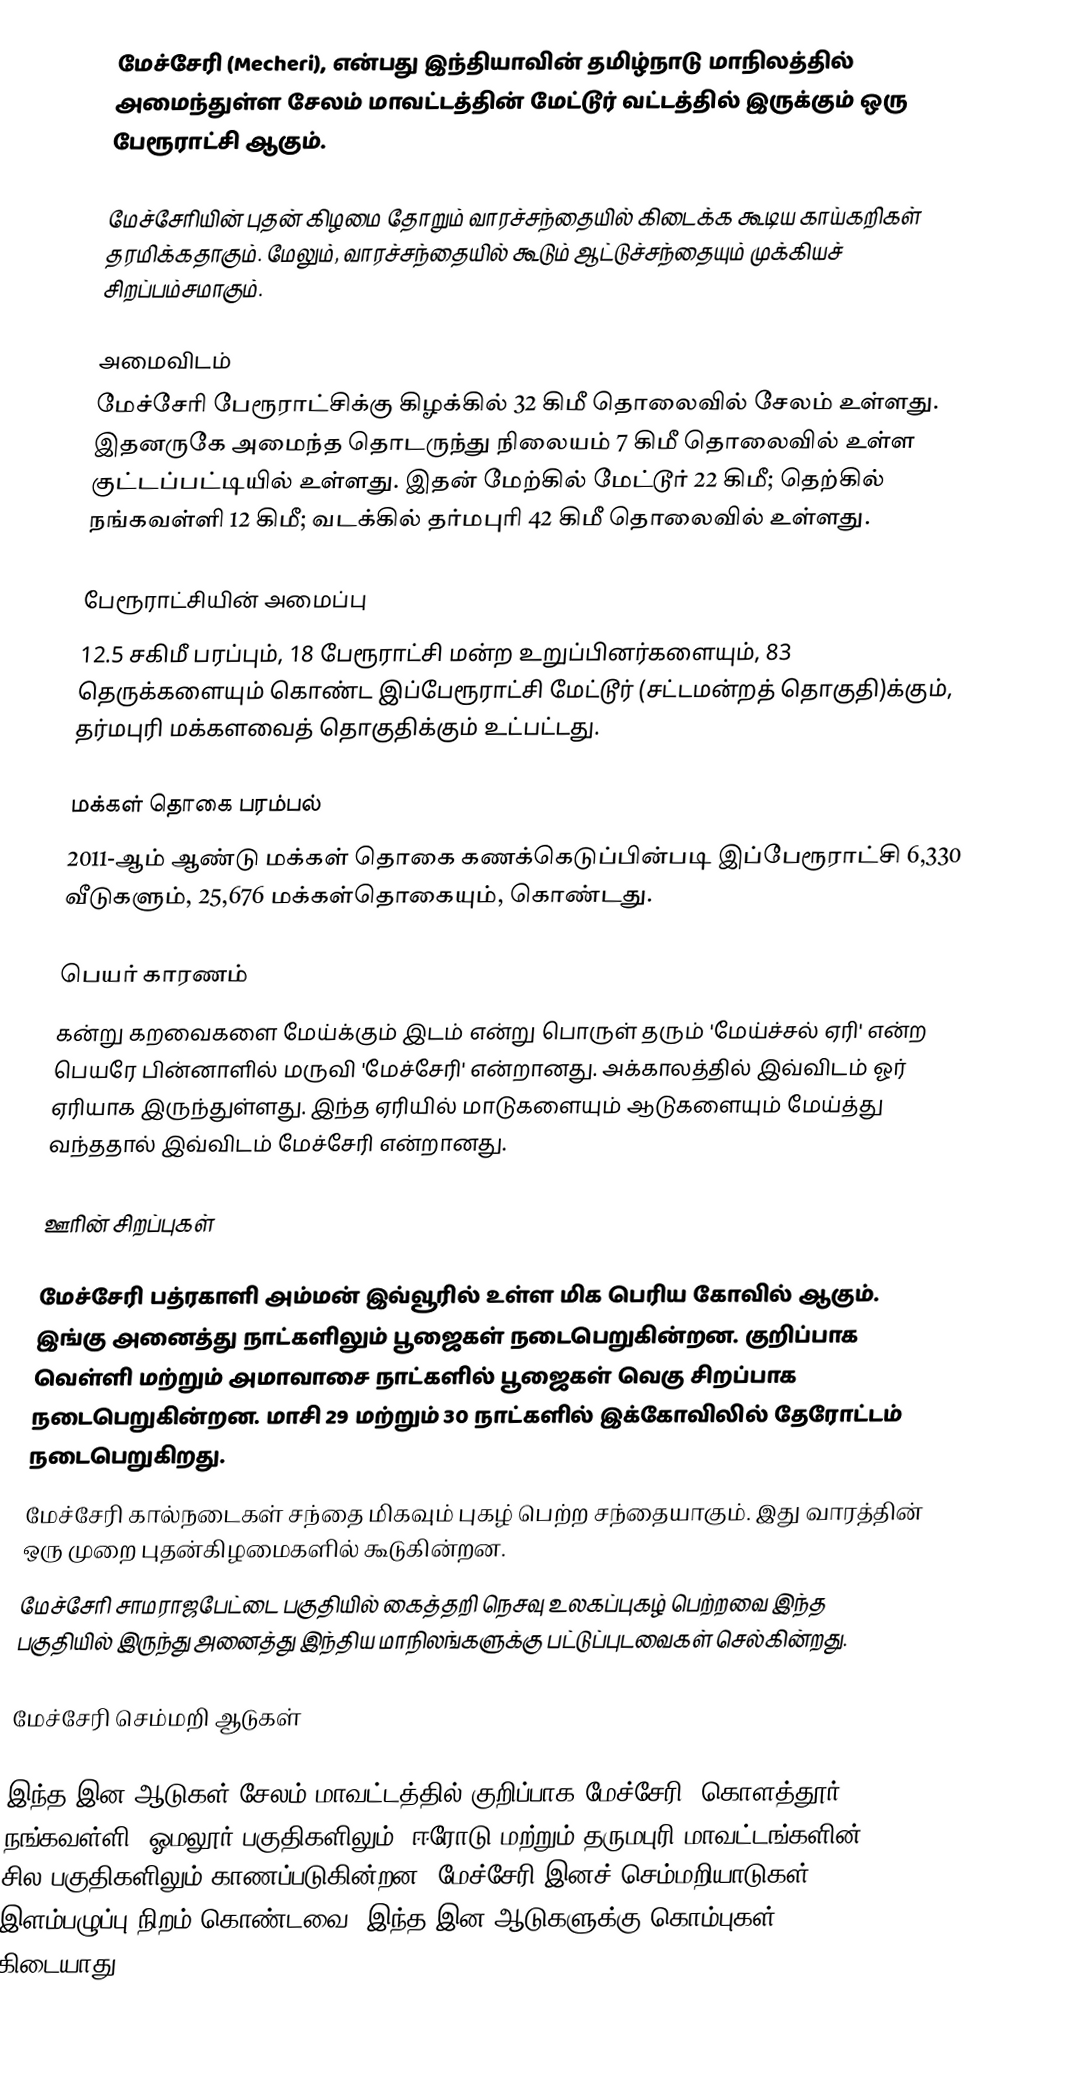
மேச்சேரி (Mecheri), என்பது இந்தியாவின் தமிழ்நாடு மாநிலத்தில் அமைந்துள்ள சேலம் மாவட்டத்தின் மேட்டூர் வட்டத்தில்  இருக்கும் ஒரு பேரூராட்சி ஆகும்.

மேச்சேரியின் புதன் கிழமை தோறும்  வாரச்சந்தையில் கிடைக்க கூடிய காய்கறிகள் தரமிக்கதாகும். மேலும், வாரச்சந்தையில் கூடும் ஆட்டுச்சந்தையும் முக்கியச் சிறப்பம்சமாகும்.

அமைவிடம்
மேச்சேரி பேரூராட்சிக்கு கிழக்கில் 32 கிமீ  தொலைவில் சேலம் உள்ளது. இதனருகே அமைந்த தொடருந்து நிலையம் 7 கிமீ தொலைவில் உள்ள குட்டப்பட்டியில் உள்ளது. இதன்  மேற்கில் மேட்டூர் 22 கிமீ; தெற்கில் நங்கவள்ளி 12 கிமீ; வடக்கில் தர்மபுரி 42 கிமீ தொலைவில் உள்ளது.

பேரூராட்சியின் அமைப்பு
12.5 சகிமீ பரப்பும்,  18  பேரூராட்சி மன்ற உறுப்பினர்களையும்,  83 தெருக்களையும் கொண்ட இப்பேரூராட்சி மேட்டூர் (சட்டமன்றத் தொகுதி)க்கும், தர்மபுரி மக்களவைத் தொகுதிக்கும் உட்பட்டது.

மக்கள் தொகை பரம்பல்
2011-ஆம் ஆண்டு மக்கள் தொகை கணக்கெடுப்பின்படி  இப்பேரூராட்சி 6,330 வீடுகளும், 25,676 மக்கள்தொகையும், கொண்டது.

பெயர் காரணம்
கன்று கறவைகளை மேய்க்கும் இடம் என்று பொருள் தரும் 'மேய்ச்சல் ஏரி' என்ற பெயரே பின்னாளில் மருவி 'மேச்சேரி' என்றானது. அக்காலத்தில் இவ்விடம் ஓர் ஏரியாக இருந்துள்ளது. இந்த ஏரியில் மாடுகளையும் ஆடுகளையும் மேய்த்து வந்ததால் இவ்விடம் மேச்சேரி என்றானது.

ஊரின் சிறப்புகள்

 மேச்சேரி பத்ரகாளி அம்மன் இவ்வூரில் உள்ள மிக பெரிய கோவில் ஆகும். இங்கு அனைத்து நாட்களிலும் பூஜைகள் நடைபெறுகின்றன. குறிப்பாக வெள்ளி மற்றும் அமாவாசை நாட்களில் பூஜைகள் வெகு சிறப்பாக நடைபெறுகின்றன. மாசி 29 மற்றும் 30 நாட்களில் இக்கோவிலில் தேரோட்டம் நடைபெறுகிறது.
 மேச்சேரி கால்நடைகள் சந்தை மிகவும் புகழ் பெற்ற சந்தையாகும். இது வாரத்தின் ஒரு முறை புதன்கிழமைகளில் கூடுகின்றன.
மேச்சேரி சாமராஜபேட்டை பகுதியில் கைத்தறி நெசவு உலகப்புகழ் பெற்றவை இந்த பகுதியில் இருந்து அனைத்து இந்திய மாநிலங்களுக்கு பட்டுப்புடவைகள் செல்கின்றது.

மேச்சேரி செம்மறி ஆடுகள்

இந்த இன ஆடுகள் சேலம் மாவட்டத்தில் குறிப்பாக மேச்சேரி, கொளத்தூர், நங்கவள்ளி, ஓமலூர் பகுதிகளிலும், ஈரோடு மற்றும் தருமபுரி மாவட்டங்களின் சில பகுதிகளிலும் காணப்படுகின்றன. மேச்சேரி இனச் செம்மறியாடுகள் இளம்பழுப்பு நிறம் கொண்டவை. இந்த இன ஆடுகளுக்கு கொம்புகள் கிடையாது